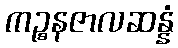
ကဉ္စနဇာလဆန္နံ